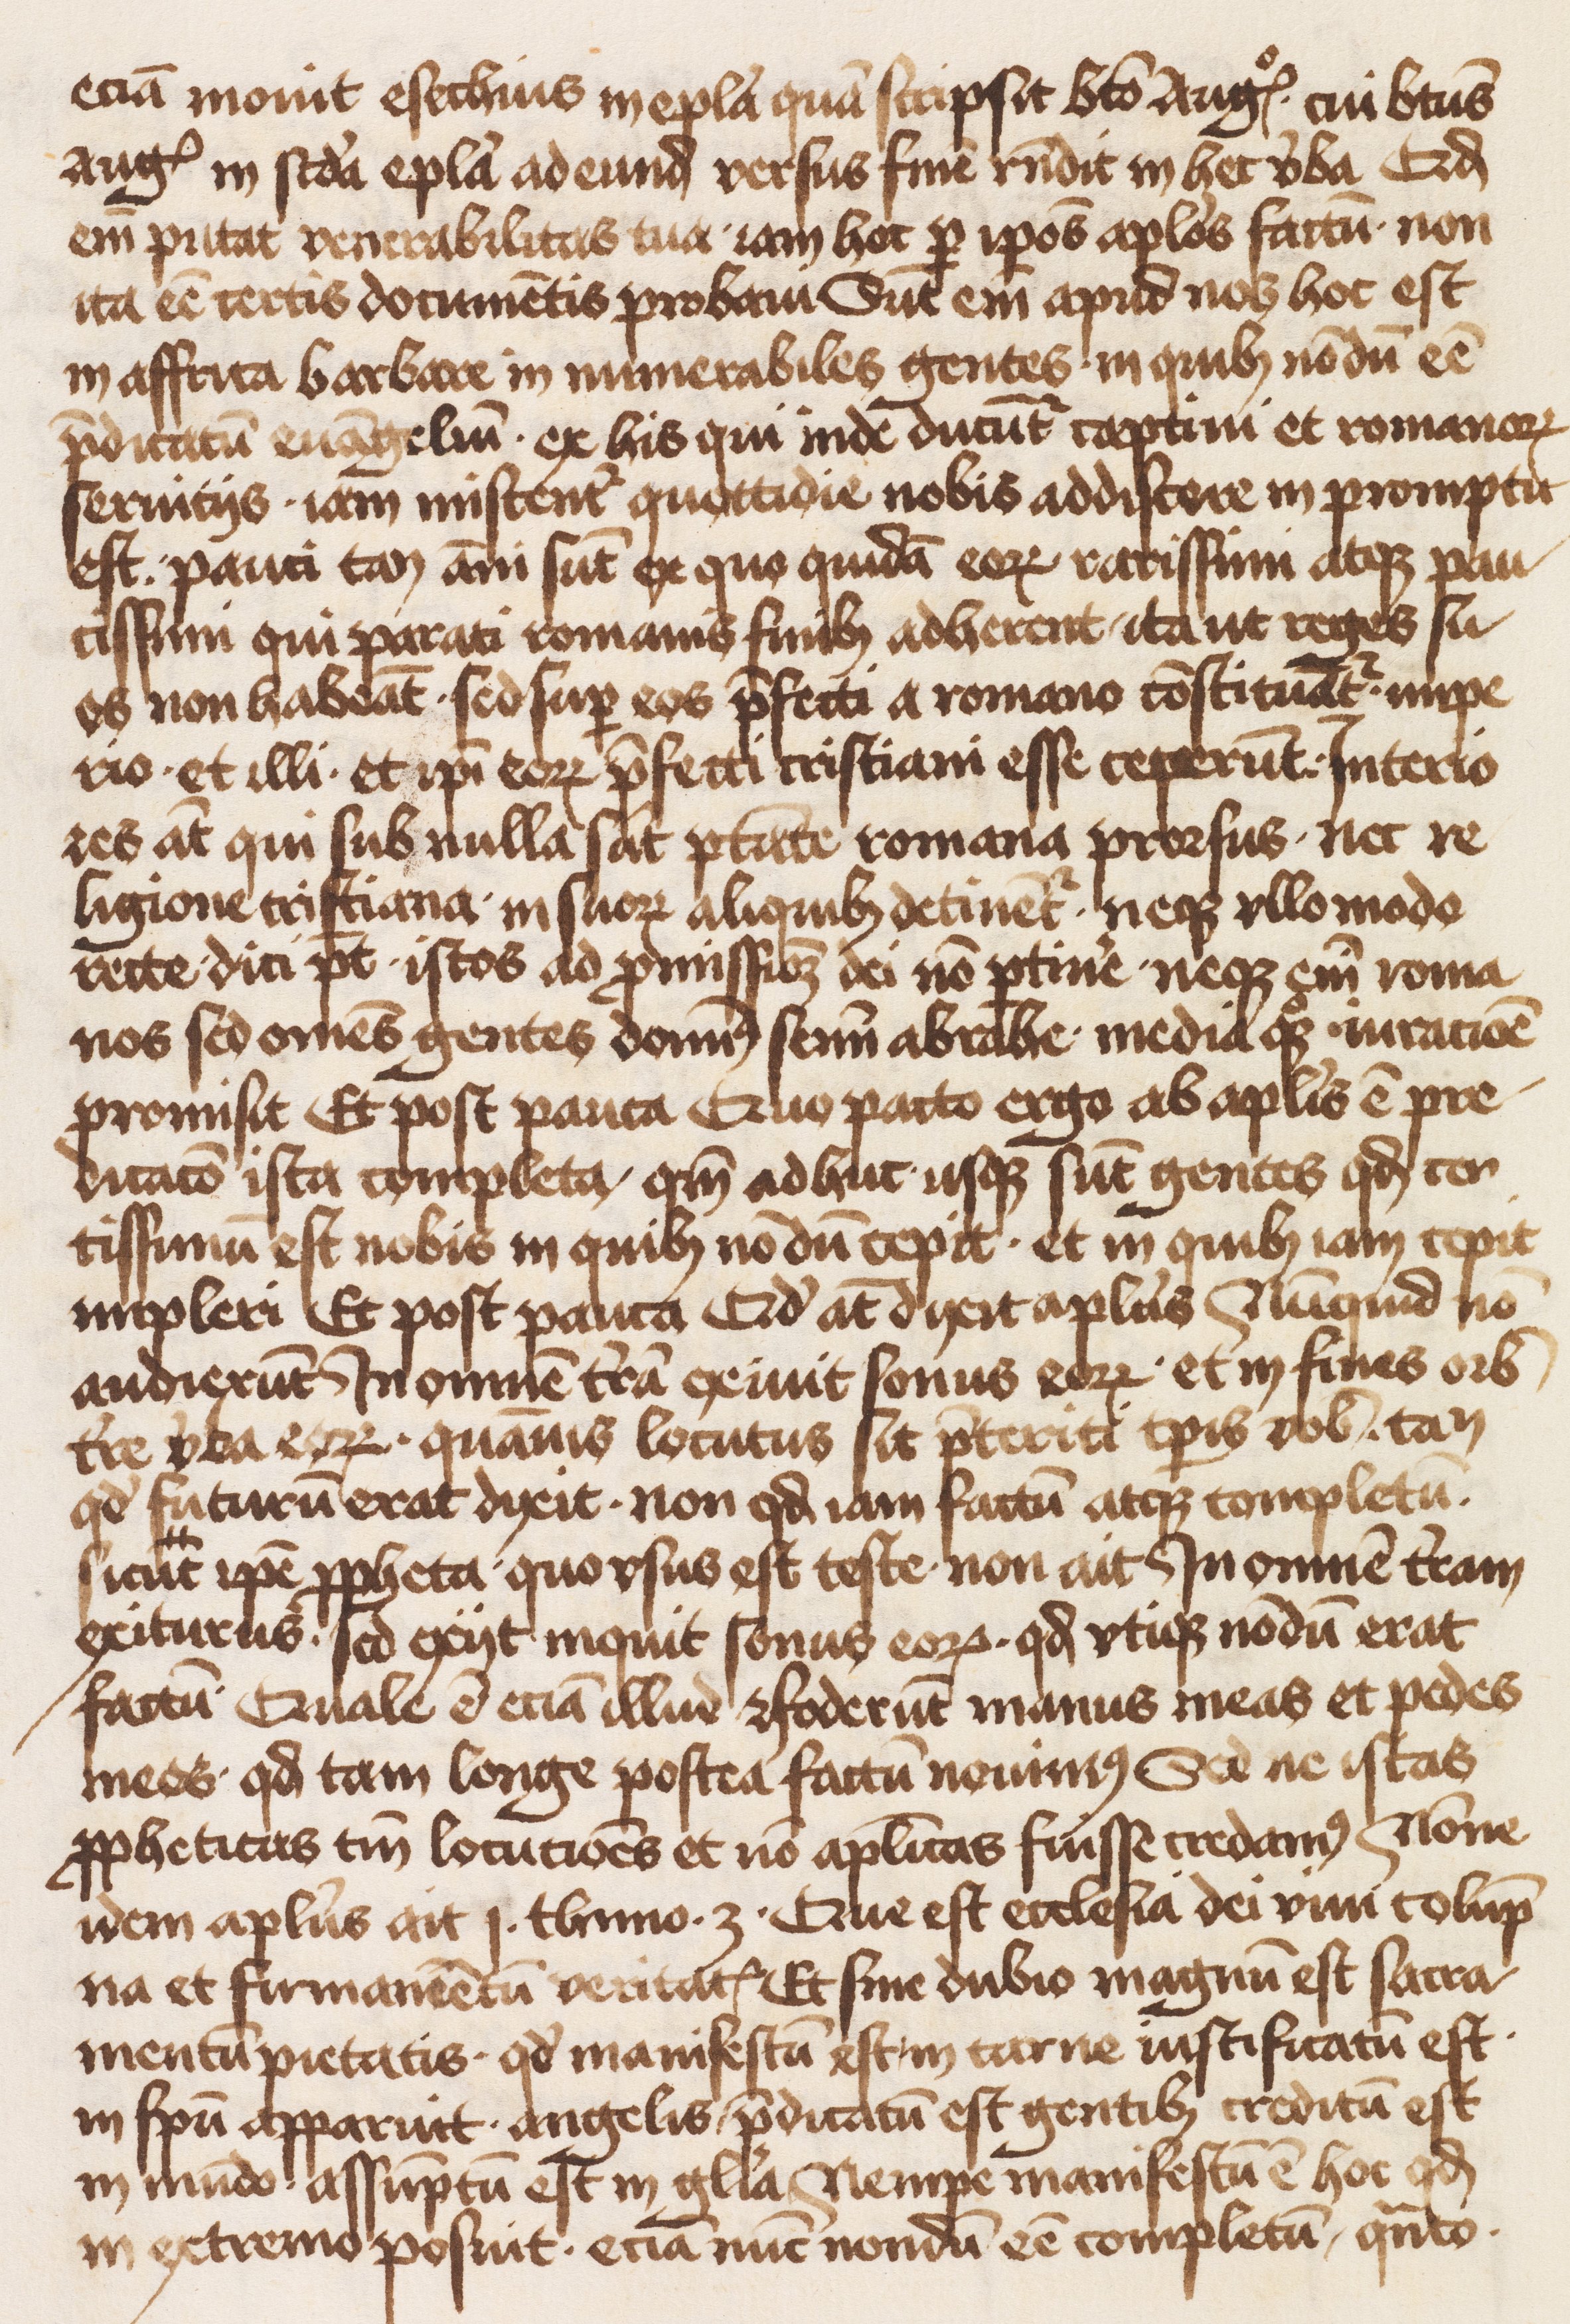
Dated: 1471–1501